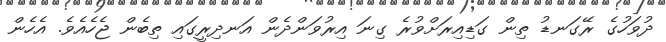
ދުވަހުގެ ރޭގަނޑު ތިން ގަޑިއިރަށްވުރެ ގިނަ އިރުވަންދެން އަނދިރީގައި ތިބެން ޖެހެއެވެ. އެހެން